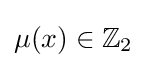
\mu (x)\in \mathbb {Z} _{2}